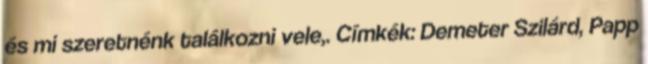
és mi szeretnénk találkozni vele,. Címkék: Demeter Szilárd, Papp